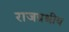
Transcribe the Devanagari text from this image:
राजप्रश्नीय